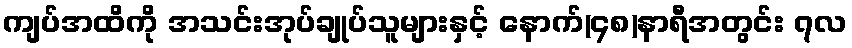
ကျပ်အထိကို အသင်းအုပ်ချုပ်သူများနှင့် နောက်(၄၈)နာရီအတွင်း ၇လ